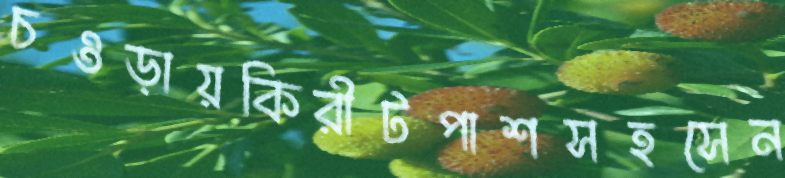
চওড়ায়কিরীটপাশসহসেন